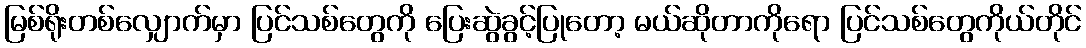
မြစ်ရိုးတစ်လျှောက်မှာ ပြင်သစ်တွေကို ပြေးဆွဲခွင့်ပြုတော့ မယ်ဆိုတာကိုရော ပြင်သစ်တွေကိုယ်တိုင်